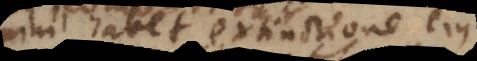
nihil habet extinctione ejus